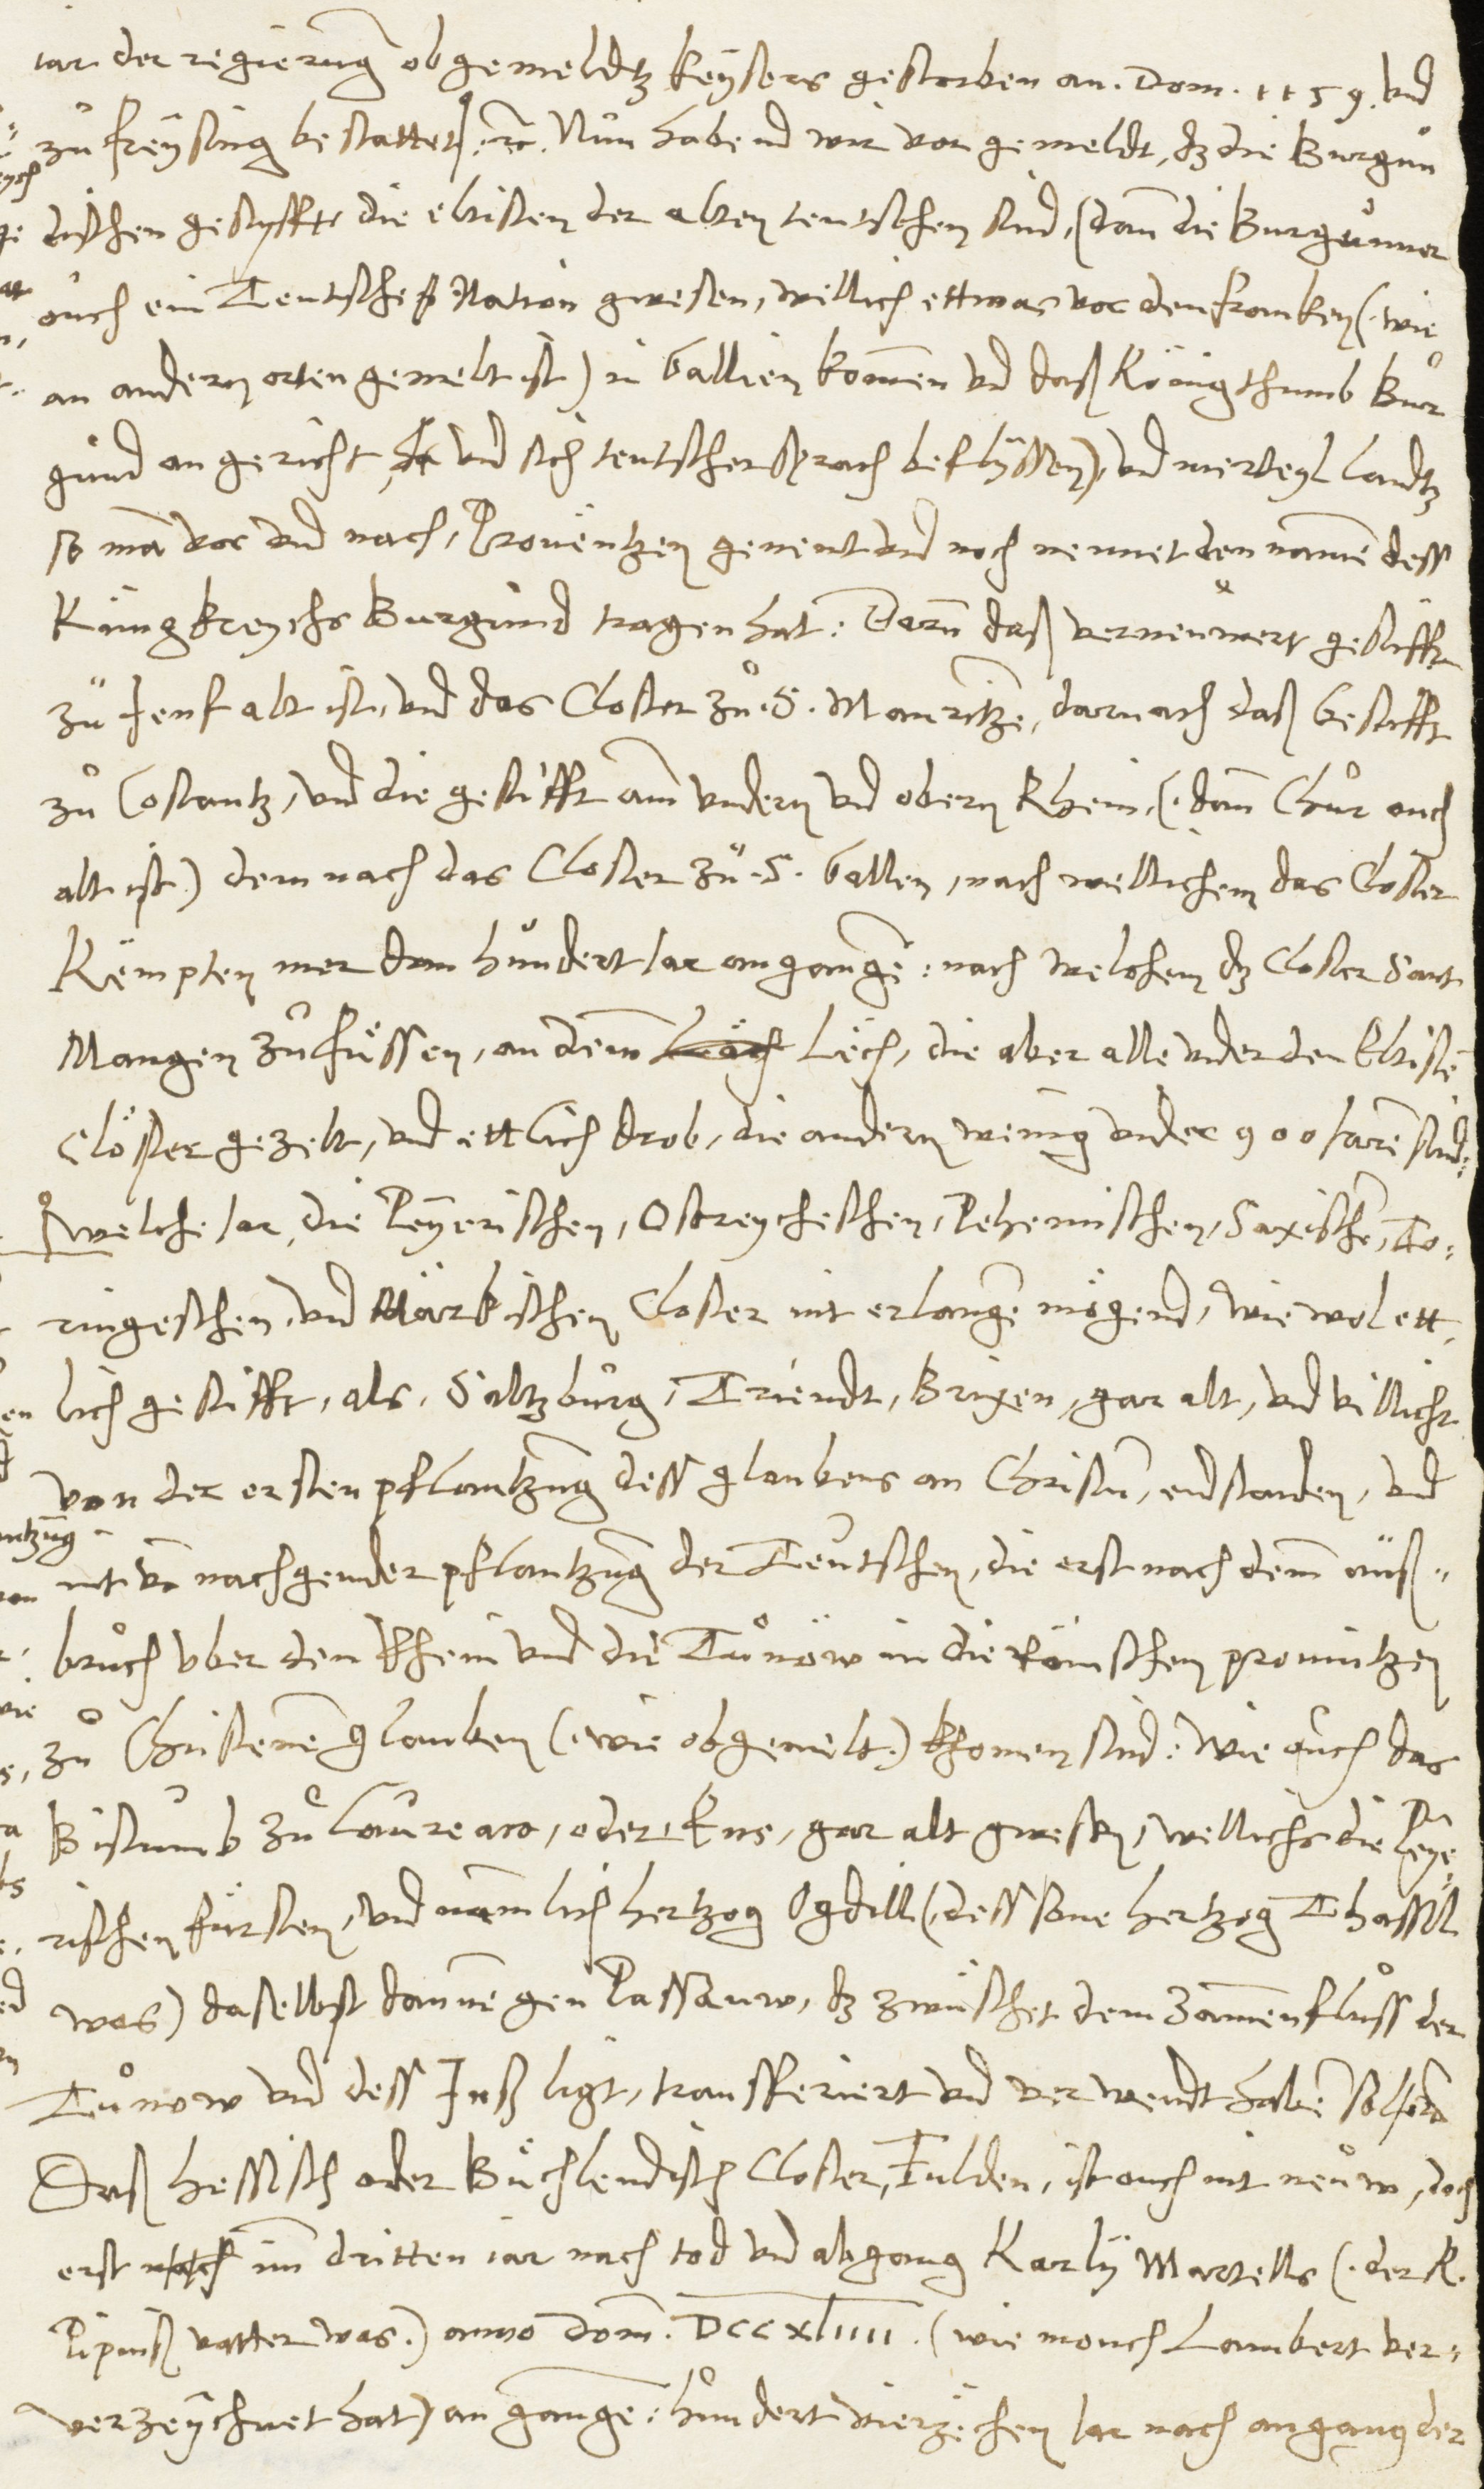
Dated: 1545–1546